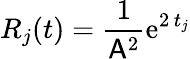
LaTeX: R_{j}(t)=\frac{1}{\mathsf{A}^{2}}\mathrm{e}^{2\, t_{j}}